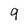
Character: 9